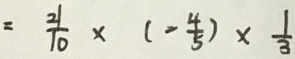
= \frac { 2 1 } { 1 0 } \times ( - \frac { 4 } { 5 } ) \times \frac { 1 } { 3 }